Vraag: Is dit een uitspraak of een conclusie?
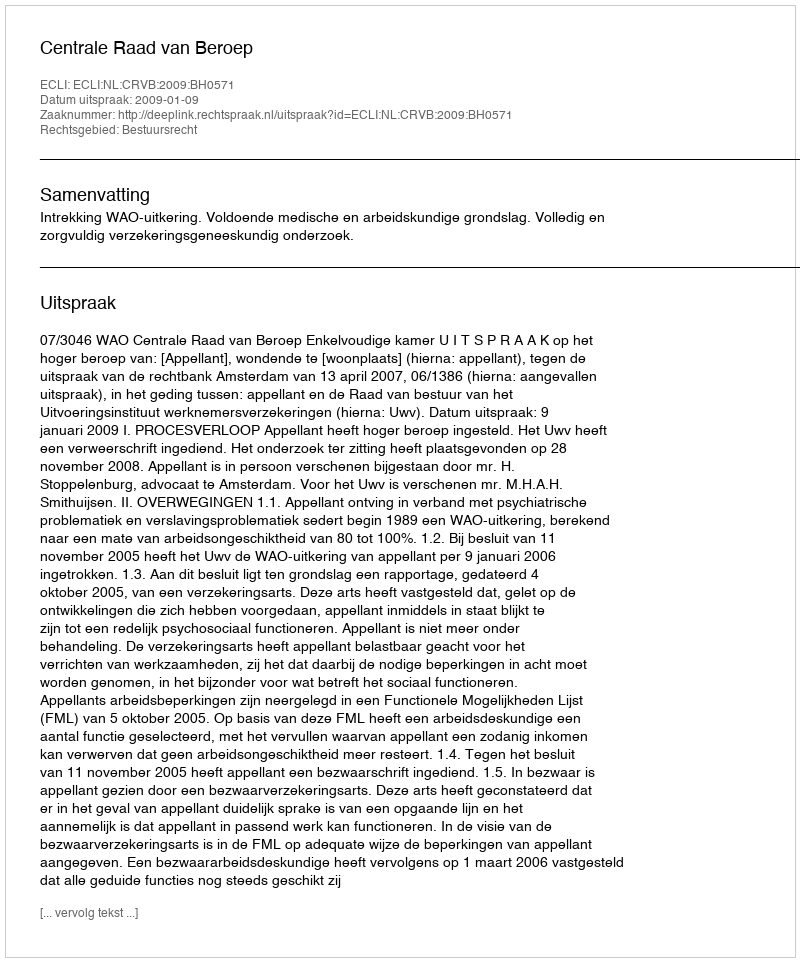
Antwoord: Uitspraak